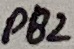
Text: PB1